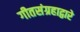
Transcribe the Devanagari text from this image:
गीतसंग्रहाद्वारे